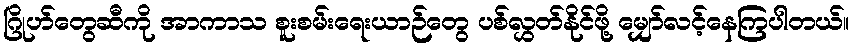
ဂြိုဟ်တွေဆီကို အာကာသ စူးစမ်းရေးယာဉ်တွေ ပစ်လွှတ်နိုင်ဖို့ မျှော်လင့်နေကြပါတယ်။